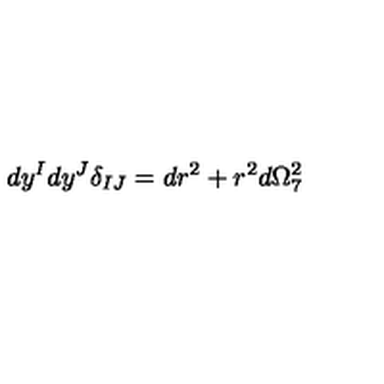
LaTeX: \, d y ^ { I } d y ^ { J } \delta _ { I J } = d r ^ { 2 } + r ^ { 2 } d \Omega _ { 7 } ^ { 2 }